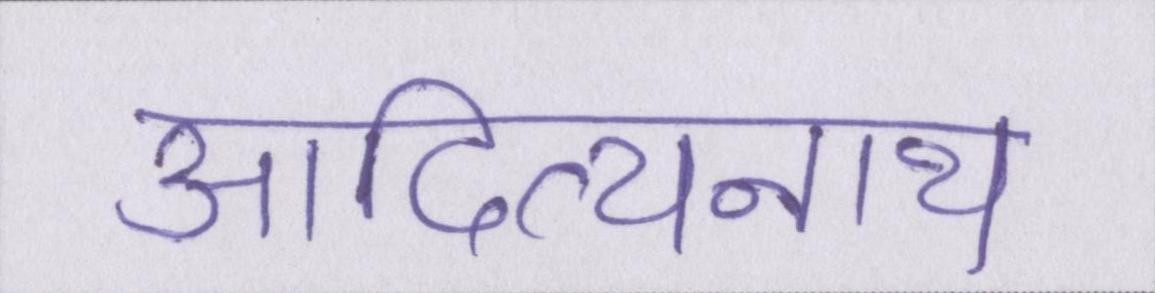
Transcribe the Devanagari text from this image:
आदित्यनाथ